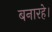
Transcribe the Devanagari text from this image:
बनारहे।